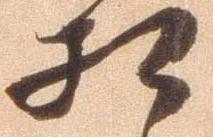
相